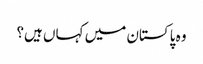
وہ پاکستان میں کہاں ہیں؟